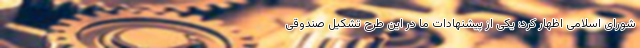
شورای اسلامی اظهار کرد: یکی از پیشنهادات ما در این طرح تشکیل صندوقی